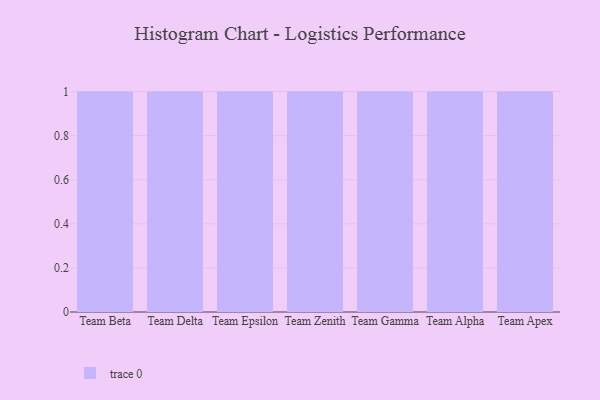
{"axis": {"x": "Team", "y": "Inventory Turnover"}, "legend": [""], "data": [{"x": "Team Beta", "y": 21, "type": ""}, {"x": "Team Delta", "y": 40, "type": ""}, {"x": "Team Epsilon", "y": 64, "type": ""}, {"x": "Team Zenith", "y": 63, "type": ""}, {"x": "Team Gamma", "y": 4, "type": ""}, {"x": "Team Alpha", "y": 93, "type": ""}, {"x": "Team Apex", "y": 42, "type": ""}]}